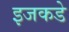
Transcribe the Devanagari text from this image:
इजकडे